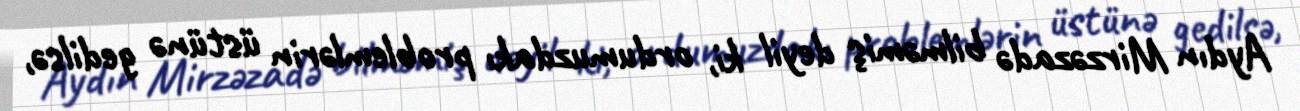
Aydın Mirzəzadə bilməmiş deyil ki, ordumuzdakı problemlərin üstünə gedilsə,